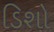
ડિશો